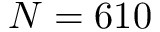
N = 6 1 0